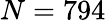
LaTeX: N=794